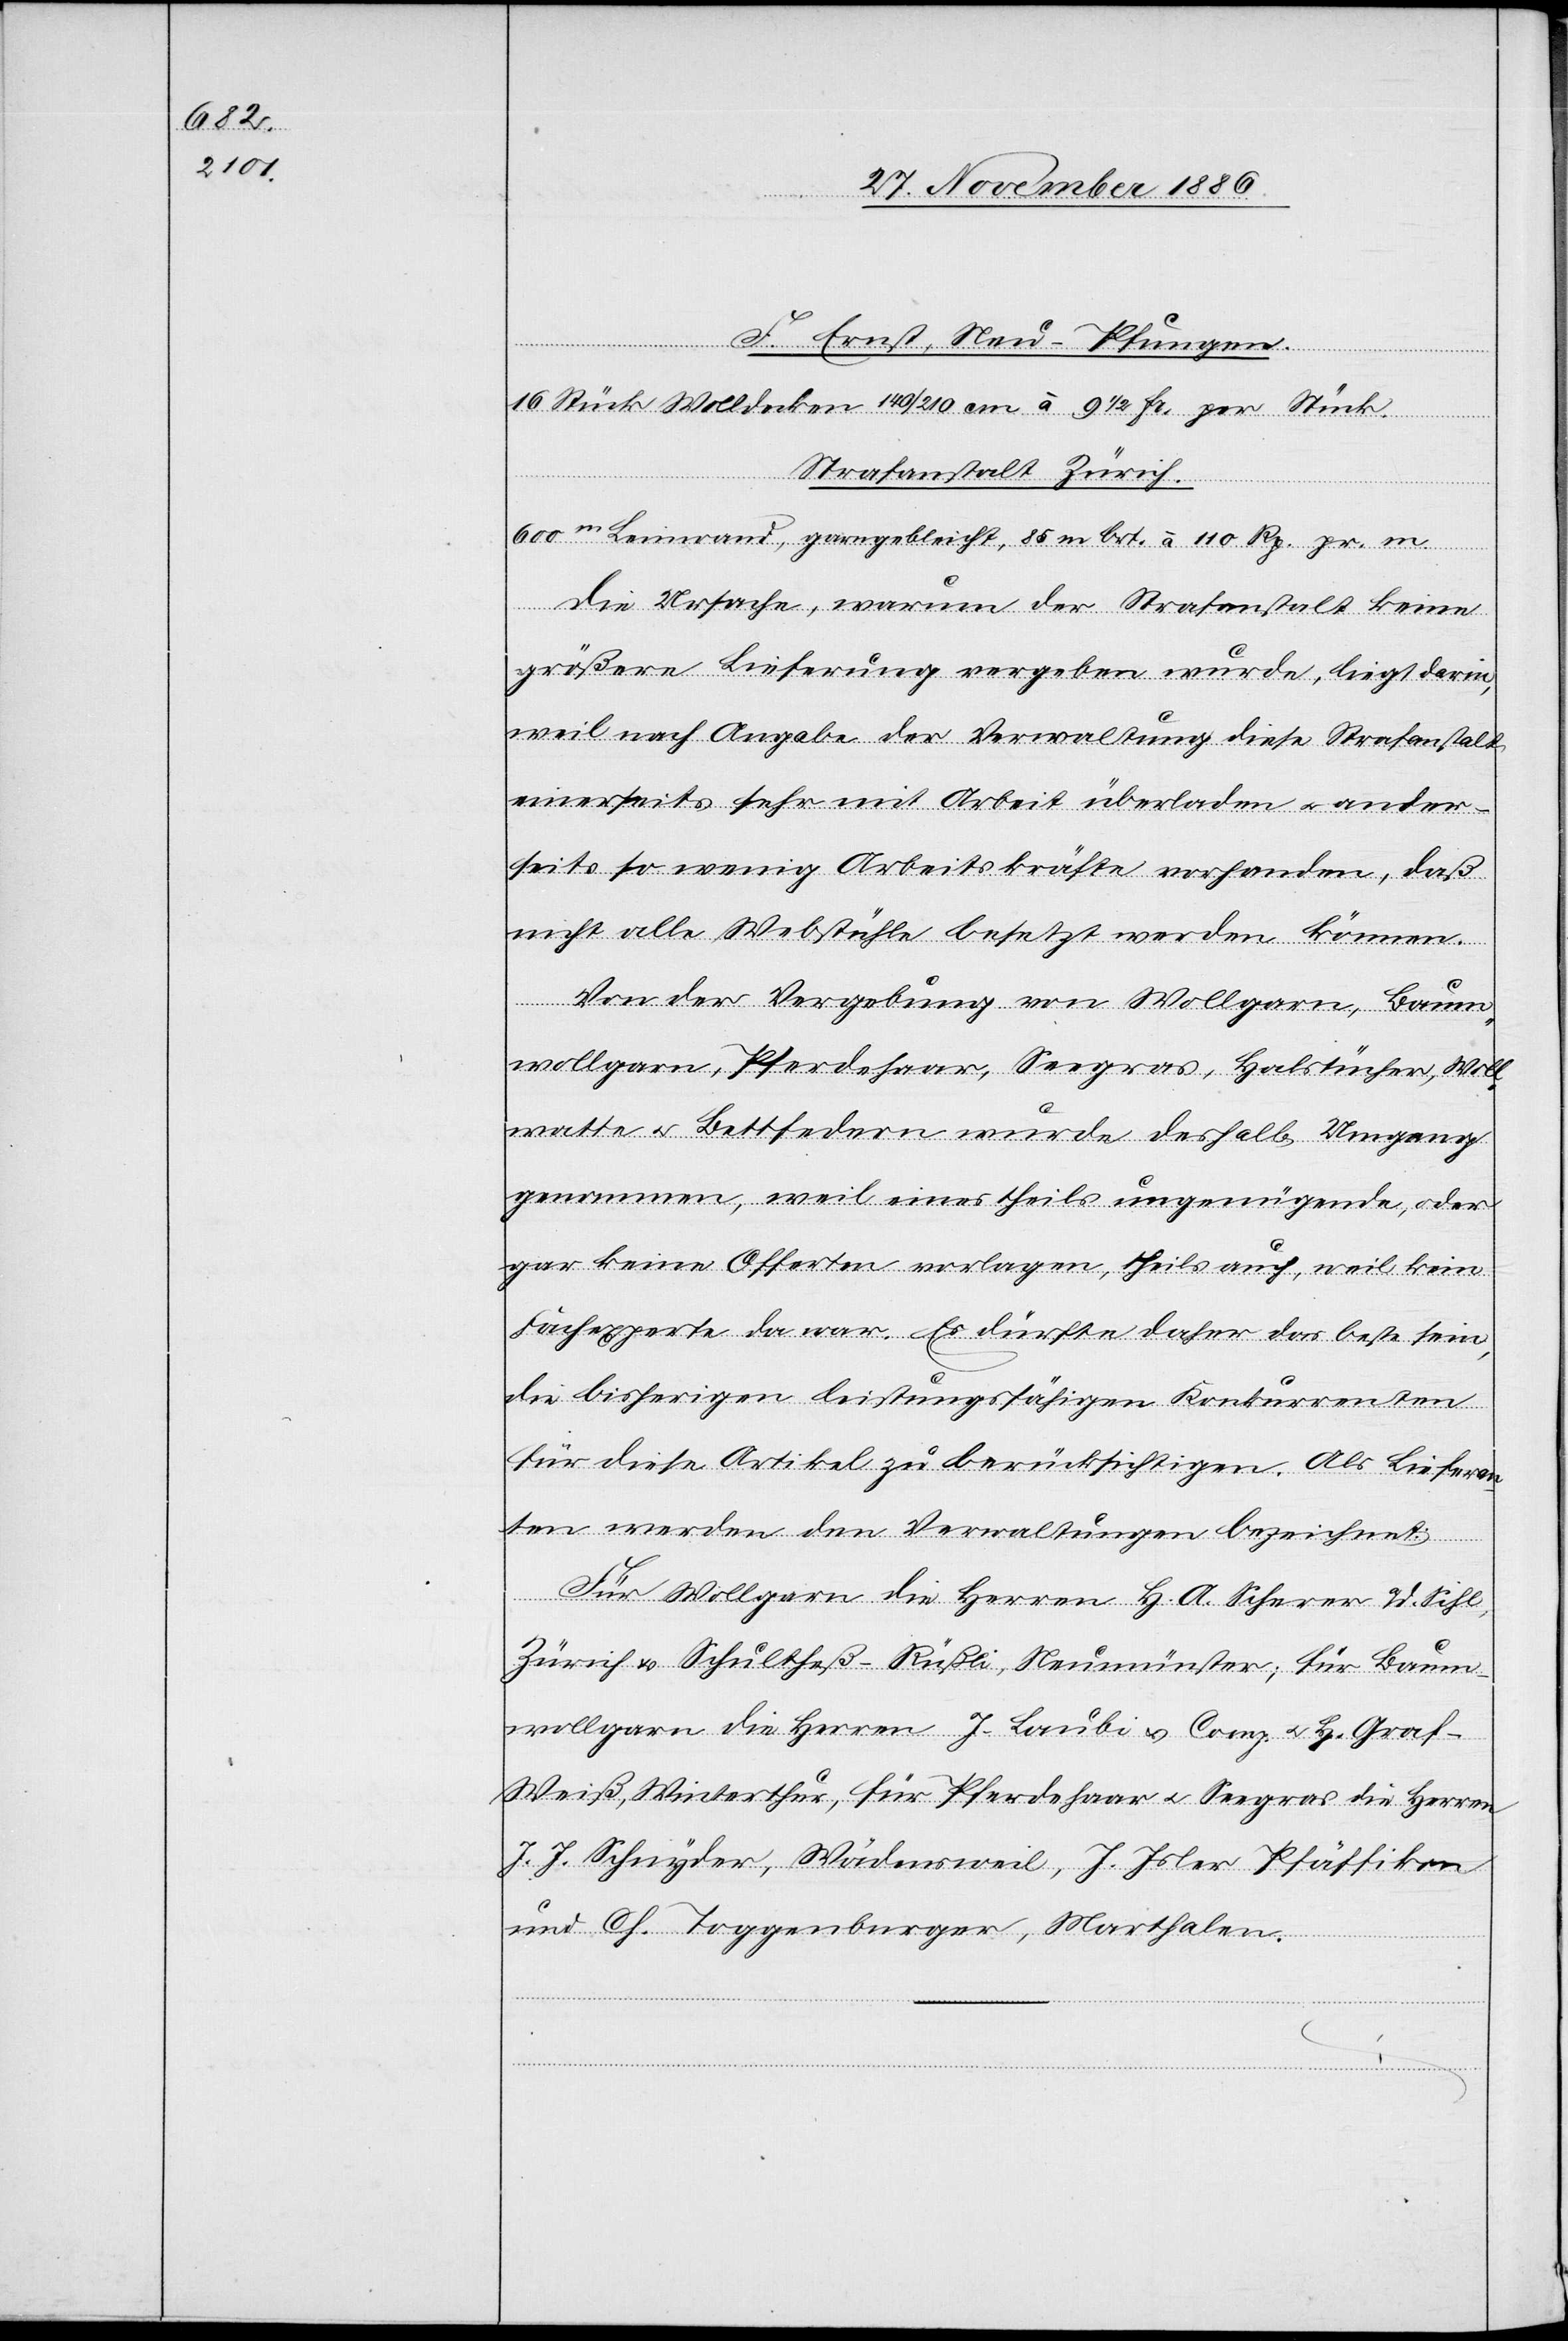
F. Ernst, Neu-Pfungen.
16 Stück Wolldecken 140/210 cm à 9 1/2 Fr. per Stück.
Strafanstalt Zürich.
600m Leinwand, garngebleicht, 85 m brt. à 110 Rp. pr. m.
Die Ursache, warum der Strafanstalt keine
größere Lieferung vergeben wurde, liegt darin,
weil nach Angabe der Verwaltung diese Strafanstalt
einerseits sehr mit Arbeit überladen & ander¬
seits so wenig Arbeitskräfte vorhanden, daß
nicht alle Webstühle besetzt werden können.
Von der Vergebung von Wollgarn, Baum¬
wollgarn, Pferdehaar, Seegras, Halstücher, Woll¬
watte & Bettfedern wurde deshalb Umgang
genommen, weil eines theils ungenügende, oder
gar keine Offerten vorlagen, theils auch, weil kein
Fachexperte da war. Es dürfte daher das beste sein,
die bisherigen leistungsfähigen Konkurrenten
für diese Artikel zu berücksichtigen. Als Lieferan¬
ten werden den Verwaltungen bezeichnet:
Für Wollgarn die Herren H. A. Scherer a/d. Sihl,
Zürich & Schultheß-Rüßli, Neumünster; für Baum¬
wollgarn die Herren J. Laubi & Comp. & H. Graf-W¬
eiß, Winterthur, für Pferdehaar & Seegras die Herren
J. J. Schnyder, Wädensweil, J. Isler Pfäffikon
und Ch. Toggenburger, Marthalen.